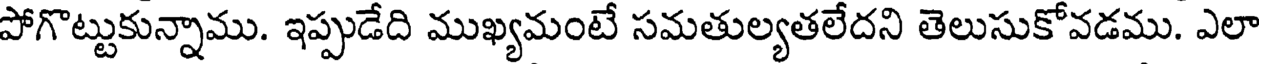
పోగొట్టుకున్నాము. ఇప్పుడేది ముఖ్యమంటే సమతుల్యతలేదని తెలుసుకోవడము. ఎలా